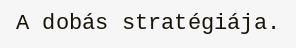
A dobás stratégiája.